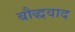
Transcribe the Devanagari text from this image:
बौद्धवाद